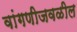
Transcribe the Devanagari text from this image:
वांगणीजवळील